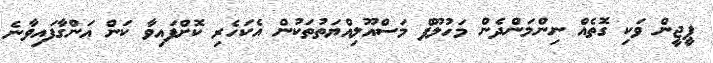
ޕީޖީން ވަކި ގޮތެއް ނިންމަންދެން މަހުލޫފް މަސްއޫލިއްޔަތުތަކުން އެކަހެރި ކޮށްފައިވާ ކަން އަންގާފައިވާނެ